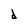
Character: d